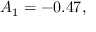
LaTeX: A _ { 1 } = - 0 . 4 7 ,